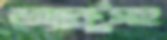
অ্যাক্টসহ